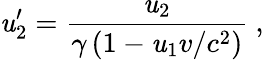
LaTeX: \mathit{u}_{2}^{\prime}={\frac{{\mathit{u}_{2}}}{{\gamma\left(1-\mathit{u}_{1}v/c^{2}\right)}}}\ ,